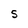
Character: S